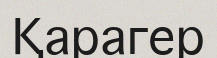
Қарагер